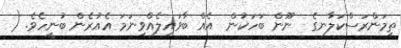
ތިމަންރަސްކަލާނގެ  ނޫން ބަހަކުން  އެއް ބާވައިލެއްވިނަމަ އެއުރެން ބުނީހެވެ. (